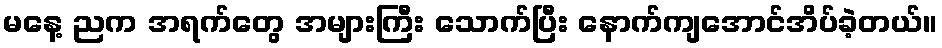
မနေ့ ညက အရက်တွေ အများကြီး သောက်ပြီး နောက်ကျအောင်အိပ်ခဲ့တယ်။